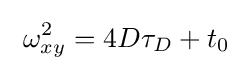
\ \omega _{xy}^{2}=4D\tau _{D}+t_{0}